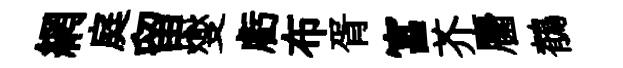
網庭留燮虧布胥富芥麕鶺